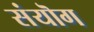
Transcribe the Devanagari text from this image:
संयॊग